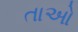
તાઓ